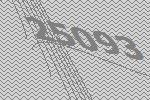
25093